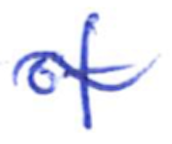
Text: of
Cross-out: mix
Writing tool: ballpoint